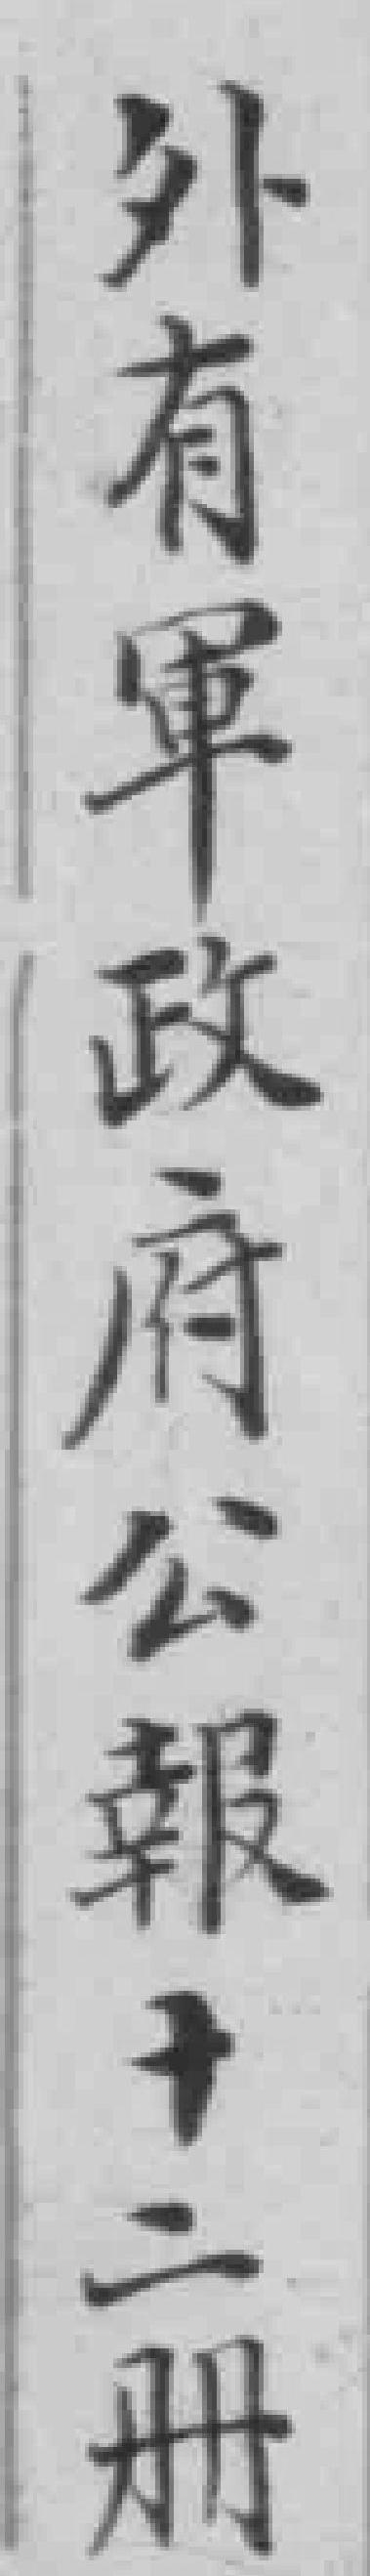
外有軍政府公報十二册